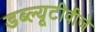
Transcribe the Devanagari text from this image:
डब्ल्यूटीवीजे